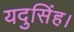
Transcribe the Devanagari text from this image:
यदुसिंह।